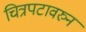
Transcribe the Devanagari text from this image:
चित्रपटावरुन